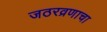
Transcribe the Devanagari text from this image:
जठरव्रणाचा